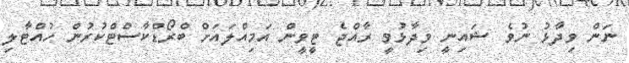
ނަން ވިދާޅު ނުވެ ޝައިނީ ވިދާޅުވީ ރާއްޖެ ޓީވީން އަމިއްލައަށް ބްރޯޑްކާސްޓްކުރުން ހުއްޓާލި